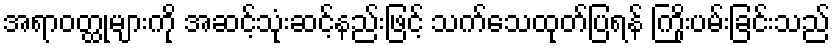
အရာဝတ္ထုများကို အဆင့်သုံးဆင့်နည်းဖြင့် သက်သေထုတ်ပြရန် ကြိုးပမ်းခြင်းသည်